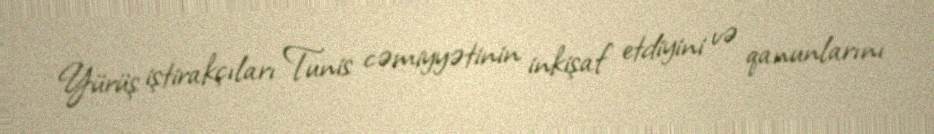
Yürüş iştirakçıları Tunis cəmiyyətinin inkişaf etdiyini və qanunlarını